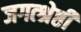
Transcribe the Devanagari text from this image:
जगत्श्रेष्ठी